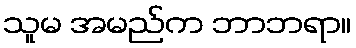
သူမ အမည်က ဘာဘရာ။